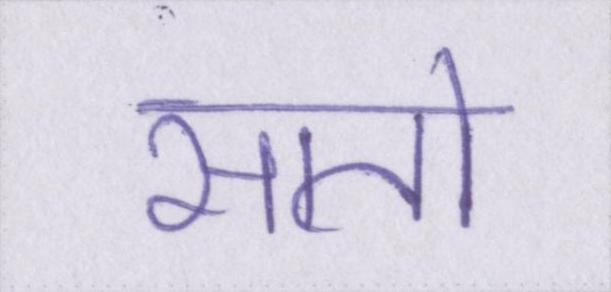
सातो